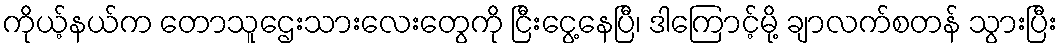
ကိုယ့်နယ်က တောသူဌေးသားလေးတွေကို ငြီးငွေ့နေပြီ၊ ဒါကြောင့်မို့ ချာလက်စတန် သွားပြီး